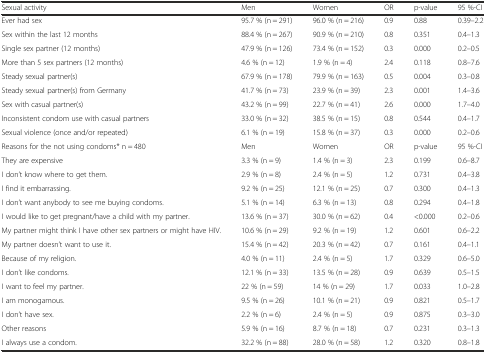
<table><thead><tr><td><b>Sexual activity</b></td><td><b>Men</b></td><td><b>Women</b></td><td><b>OR</b></td><td><b>p-value</b></td><td><b>95 %-CI</b></td></tr></thead><tbody><tr><td>Ever had sex</td><td>95.7 % (n = 291)</td><td>96.0 % (n = 216)</td><td>0.9</td><td>0.88</td><td>0.39–2.2</td></tr><tr><td>Sex within the last 12 months</td><td>88.4 % (n = 267)</td><td>90.9 % (n = 210)</td><td>0.8</td><td>0.351</td><td>0.4–1.3</td></tr><tr><td>Single sex partner (12 months)</td><td>47.9 % (n = 126)</td><td>73.4 % (n = 152)</td><td>0.3</td><td>0.000</td><td>0.2–0.5</td></tr><tr><td>More than 5 sex partners (12 months)</td><td>4.6 % (n = 12)</td><td>1.9 % (n = 4)</td><td>2.4</td><td>0.118</td><td>0.8–7.6</td></tr><tr><td>Steady sexual partner(s)</td><td>67.9 % (n = 178)</td><td>79.9 % (n = 163)</td><td>0.5</td><td>0.004</td><td>0.3–0.8</td></tr><tr><td>Steady sexual partner(s) from Germany</td><td>41.7 % (n = 73)</td><td>23.9 % (n = 39)</td><td>2.3</td><td>0.001</td><td>1.4–3.6</td></tr><tr><td>Sex with casual partner(s)</td><td>43.2 % (n = 99)</td><td>22.7 % (n = 41)</td><td>2.6</td><td>0.000</td><td>1.7–4.0</td></tr><tr><td>Inconsistent condom use with casual partners</td><td>33.0 % (n = 32)</td><td>38.5 % (n = 15)</td><td>0.8</td><td>0.544</td><td>0.4–1.7</td></tr><tr><td>Sexual violence (once and/or repeated)</td><td>6.1 % (n = 19)</td><td>15.8 % (n = 37)</td><td>0.3</td><td>0.000</td><td>0.2–0.6</td></tr><tr><td>Reasons for the not using condoms* n = 480</td><td>Men</td><td>Women</td><td>OR</td><td>p-value</td><td>95 %-CI</td></tr><tr><td>They are expensive</td><td>3.3 % (n = 9)</td><td>1.4 % (n = 3)</td><td>2.3</td><td>0.199</td><td>0.6–8.7</td></tr><tr><td>I don’t know where to get them.</td><td>2.9 % (n = 8)</td><td>2.4 % (n = 5)</td><td>1.2</td><td>0.731</td><td>0.4–3.8</td></tr><tr><td>I find it embarrassing.</td><td>9.2 % (n = 25)</td><td>12.1 % (n = 25)</td><td>0.7</td><td>0.300</td><td>0.4–1.3</td></tr><tr><td>I don’t want anybody to see me buying condoms.</td><td>5.1 % (n = 14)</td><td>6.3 % (n = 13)</td><td>0.8</td><td>0.294</td><td>0.4–1.8</td></tr><tr><td>I would like to get pregnant/have a child with my partner.</td><td>13.6 % (n = 37)</td><td>30.0 % (n = 62)</td><td>0.4</td><td>&lt;0.000</td><td>0.2–0.6</td></tr><tr><td>My partner might think I have other sex partners or might have HIV.</td><td>10.6 % (n = 29)</td><td>9.2 % (n = 19)</td><td>1.2</td><td>0.601</td><td>0.6–2.2</td></tr><tr><td>My partner doesn’t want to use it.</td><td>15.4 % (n = 42)</td><td>20.3 % (n = 42)</td><td>0.7</td><td>0.161</td><td>0.4–1.1</td></tr><tr><td>Because of my religion.</td><td>4.0 % (n = 11)</td><td>2.4 % (n = 5)</td><td>1.7</td><td>0.329</td><td>0.6–5.0</td></tr><tr><td>I don’t like condoms.</td><td>12.1 % (n = 33)</td><td>13.5 % (n = 28)</td><td>0.9</td><td>0.639</td><td>0.5–1.5</td></tr><tr><td>I want to feel my partner.</td><td>22 % (n = 59)</td><td>14 % (n = 29)</td><td>1.7</td><td>0.033</td><td>1.0–2.8</td></tr><tr><td>I am monogamous.</td><td>9.5 % (n = 26)</td><td>10.1 % (n = 21)</td><td>0.9</td><td>0.821</td><td>0.5–1.7</td></tr><tr><td>I don’t have sex.</td><td>2.2 % (n = 6)</td><td>2.4 % (n = 5)</td><td>0.9</td><td>0.875</td><td>0.3–3.0</td></tr><tr><td>Other reasons</td><td>5.9 % (n = 16)</td><td>8.7 % (n = 18)</td><td>0.7</td><td>0.231</td><td>0.3–1.3</td></tr><tr><td>I always use a condom.</td><td>32.2 % (n = 88)</td><td>28.0 % (n = 58)</td><td>1.2</td><td>0.320</td><td>0.8–1.8</td></tr></tbody></table>